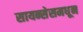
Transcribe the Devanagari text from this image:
सायन्सेसमधून